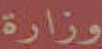
وزارة